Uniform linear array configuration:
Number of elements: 48
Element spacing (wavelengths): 1
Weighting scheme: uniform
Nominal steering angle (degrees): -45
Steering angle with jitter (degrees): -45.758
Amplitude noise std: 0.05
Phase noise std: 0.05

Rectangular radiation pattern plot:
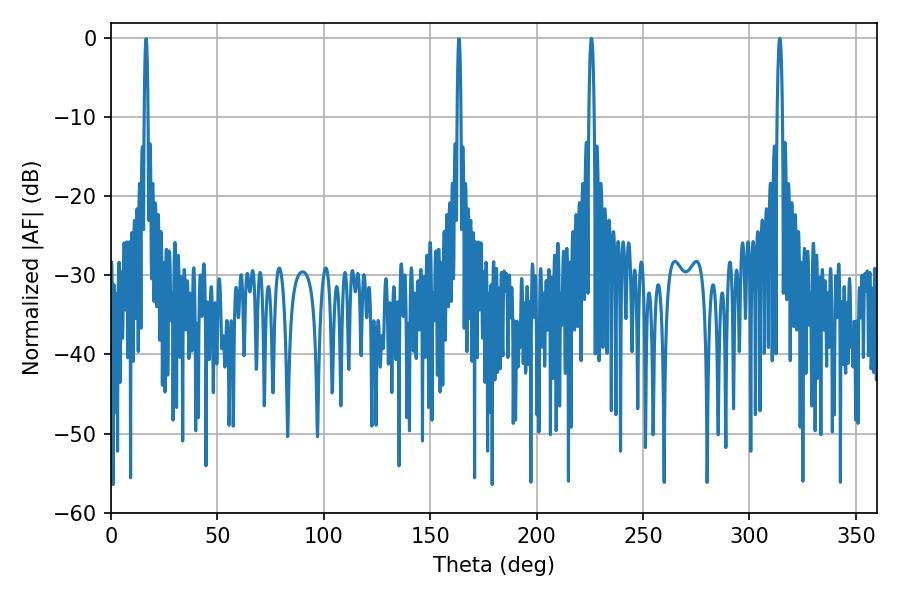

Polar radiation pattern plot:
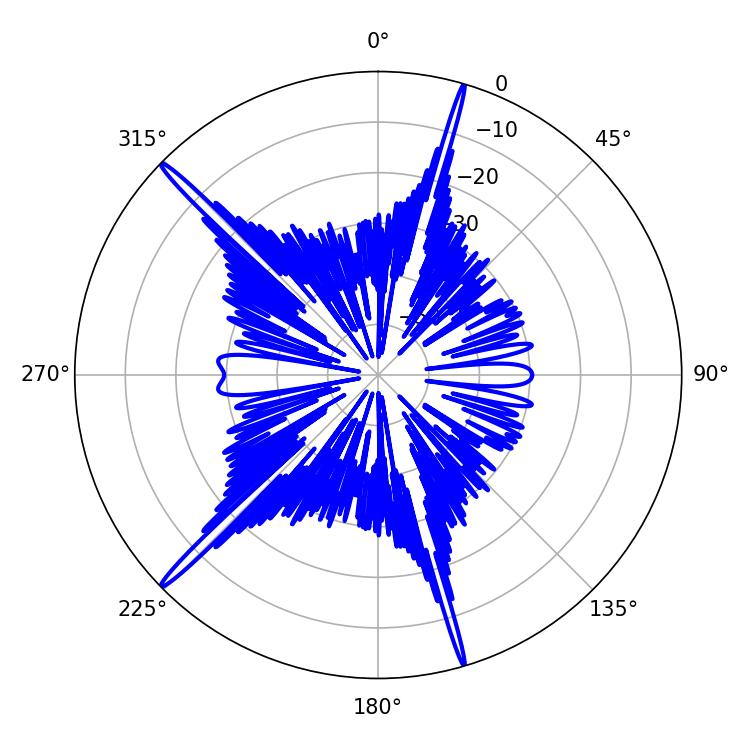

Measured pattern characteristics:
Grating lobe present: TRUE
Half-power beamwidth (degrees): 1.44
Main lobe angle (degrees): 314.28